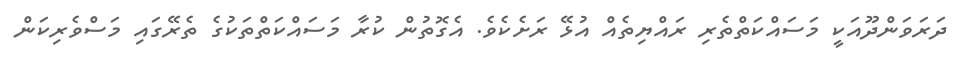
ދަރަވަންދޫއަކީ މަސައްކަތްތެރި ރައްޔިތެއް އުޅޭ ރަށެކެވެ. އެގޮތުން ކުރާ މަސައްކަތްތަކުގެ ތެރޭގައި މަސްވެރިކަން